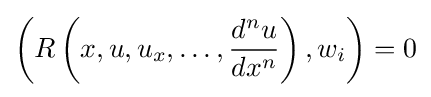
\left(R\left(x,u,u_{x},\ldots ,{\frac {d^{n}u}{dx^{n}}}\right),w_{i}\right)=0